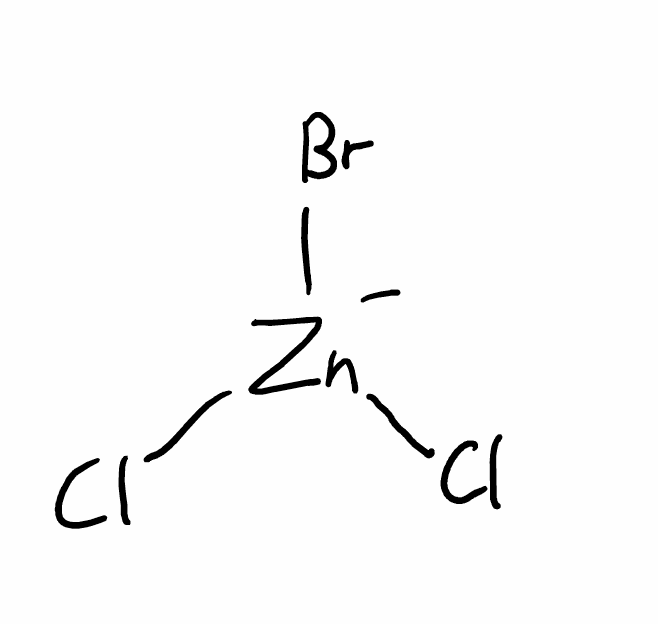
Simplified molecular-input line-entry system (SMILES) notation of the given molecule:
Cl[Zn-](Cl)Br